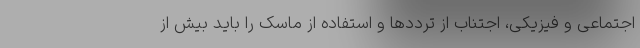
اجتماعی و فیزیکی، اجتناب از ترددها و استفاده از ماسک را باید بیش از